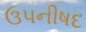
ઉપનીષદ